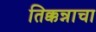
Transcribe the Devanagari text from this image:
तिक्कन्नाचा